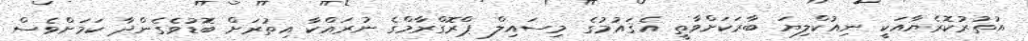
އުތުރުކޮރެޔާއަކީ ނިއުކްލިޔަ ބާރަކަށްވާތީ އެޤައުމުގެ މިސައިލް ޕްރޮގްރާމްގެ ނުރައްކާ އިތުރަށް ބޮޑުވެގެންދާ ކަމަށްވެސް